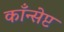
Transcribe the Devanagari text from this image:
काँन्सेप्ट